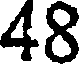
48